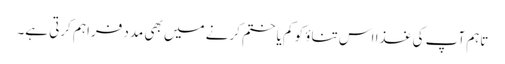
تاہم آپ کی غذا اس تناؤ کو کم یا ختم کرنے میں بھی مدد فراہم کرتی ہے۔